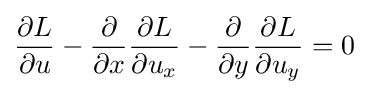
{\frac {\partial L}{\partial u}}-{\frac {\partial }{\partial x}}{\frac {\partial L}{\partial u_{x}}}-{\frac {\partial }{\partial y}}{\frac {\partial L}{\partial u_{y}}}=0